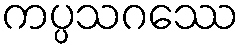
ကပ္ပသဂဿေ